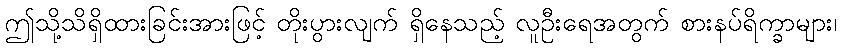
ဤသို့သိရှိထားခြင်းအားဖြင့် တိုးပွားလျက် ရှိနေသည့် လူဦးရေအတွက် စားနပ်ရိက္ခာများ၊